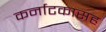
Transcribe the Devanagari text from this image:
कर्नाटकासह